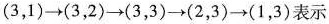
(3，1) \to (3，2) \to (3，3) \to (2，3) \to (1，3)表示